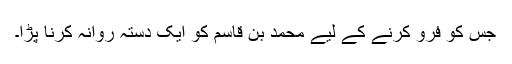
جس کو فرو کرنے کے لیے محمد بن قاسم کو ایک دستہ روانہ کرنا پڑا۔